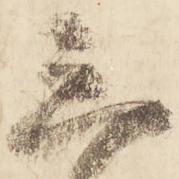
三